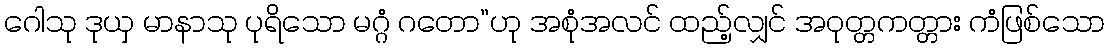
ဂေါသု ဒုယှ မာနာသု ပုရိသော မဂ္ဂံ ဂတော”ဟု အစုံအလင် ထည့်လျှင် အဝုတ္တကတ္တား ကံဖြစ်သော